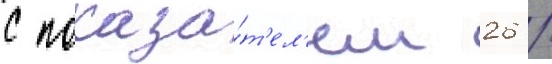
с показа́т'ел'ем 26 /